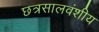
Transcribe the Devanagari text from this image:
छत्रसालवंशीय